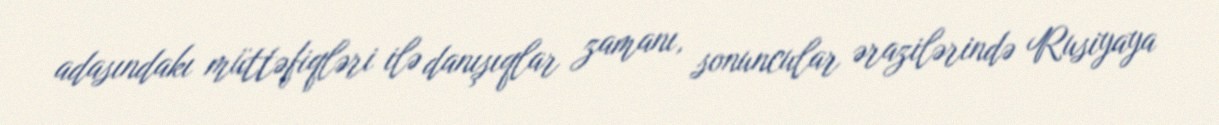
adasındakı müttəfiqləri ilə danışıqlar zamanı, sonuncular ərazilərində Rusiyaya